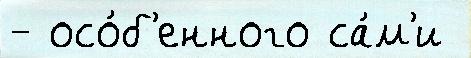
- осо́б'енного са́м'и